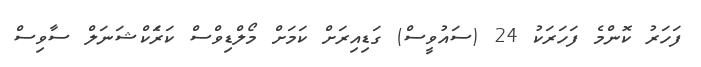
ފަހަރު ކޮންމެ ފަހަރަކު 24 (ސައުވީސް) ގަޑިއިރަށް ކަމަށް މޯލްޑިވްސް ކަރަެކްޝަނަލް ސާވިސް